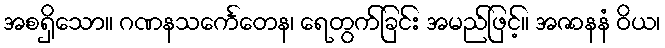
အစရှိသော။ ဂဏနသင်္ကေတေန၊ ရေတွက်ခြင်း အမည်ဖြင့်။ အဇာနနံ ဝိယ၊